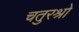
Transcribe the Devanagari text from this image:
चतुरश्रो